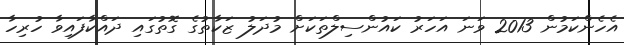
އެހެންކަމުން 2013 ވަނަ އަހަރު ކައުންސިލްތަކަށް މުދަލު ޒަކާތުގެ ގޮތުގައި ދައްކާފައިވާ ހުރިހާ